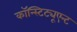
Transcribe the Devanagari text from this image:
कॉन्स्टिट्यूएन्ट